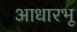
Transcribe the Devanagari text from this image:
आधारभू